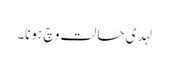
لَہدی حالت وچ ہونا۔